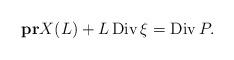
LaTeX: \begin{align*}\bold{pr}X(L)+L\operatorname{Div}\xi=\operatorname{Div}P.\end{align*}